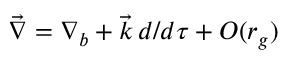
{ \vec { \nabla } } = { \nabla } _ { b } + { \vec { k } } \, d / d \tau + { \cal O } ( r _ { g } )